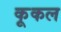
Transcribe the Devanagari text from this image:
कूकल